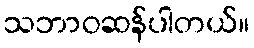
သဘာဝဆန်ပါတယ်။